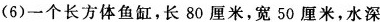
(6)一个长方体鱼缸，长80厘米，宽50厘米，水深